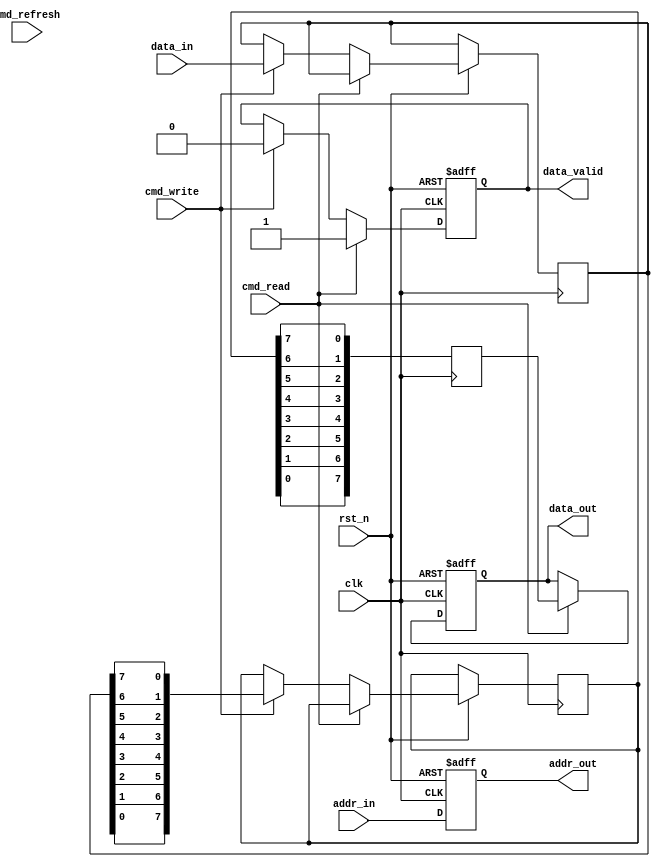
module IO_Block (
    input wire clk,
    input wire rst_n,
    input wire [7:0] data_in,      // Incoming data from external controller
    input wire [7:0] addr_in,      // Address input
    input wire cmd_read,           // Read command signal
    input wire cmd_write,          // Write command signal
    input wire cmd_refresh,        // Refresh command signal
    output reg [7:0] data_out,     // Outgoing data to external controller
    output reg [7:0] addr_out,     // Address output
    output reg data_valid          // Data valid signal
);

// Internal signals
reg [7:0] data_latch;             // Data latch for input data
reg [7:0] serial_out;             // Serialized data output
reg [7:0] deserialized_data;      // Deserialized data
reg power_state;                  // Power management state
reg [7:0] ecc_data;               // ECC data for error detection
reg parity_bit;                   // Parity bit for error checking

// Command decoder
always @(posedge clk or negedge rst_n) begin
    if (!rst_n) begin
        addr_out <= 8'b0;
        data_valid <= 1'b0;
        data_out <= 8'b0;
        power_state <= 1'b1; // Power ON
    end else begin
        addr_out <= addr_in; // Latch address
        if (cmd_read) begin
            // Read operation
            data_out <= deserialized_data; // Output deserialized data
            data_valid <= 1'b1;
        end else if (cmd_write) begin
            // Write operation
            data_latch <= data_in; // Latch incoming data
            serial_out <= serialize(data_latch); // Serialize data
            // Logic to write data to memory cells goes here
            data_valid <= 1'b0;
        end else if (cmd_refresh) begin
            // Handle refresh operation
            // Refresh logic goes here
        end
    end
end

// Data serializer
function [7:0] serialize(input [7:0] data);
    integer i;
    reg [7:0] serialized;
    begin
        serialized = 8'b0;
        for (i = 0; i < 8; i = i + 1) begin
            serialized[i] = data[7 - i]; // Simple reverse for serialization
        end
        serialize = serialized;
    end
endfunction

// Data deserializer (for demonstration)
always @(posedge clk) begin
    deserialized_data <= deserialize(serial_out);
end

// Data deserializer function
function [7:0] deserialize(input [7:0] data);
    integer i;
    reg [7:0] deserialized;
    begin
        deserialized = 8'b0;
        for (i = 0; i < 8; i = i + 1) begin
            deserialized[i] = data[7 - i]; // Simple reverse for deserialization
        end
        deserialize = deserialized;
    end
endfunction

// Error detection and correction (simplified)
always @(posedge clk) begin
    // ECC and parity logic can be added here
    parity_bit <= ^data_out; // Simple parity calculation
end

endmodule